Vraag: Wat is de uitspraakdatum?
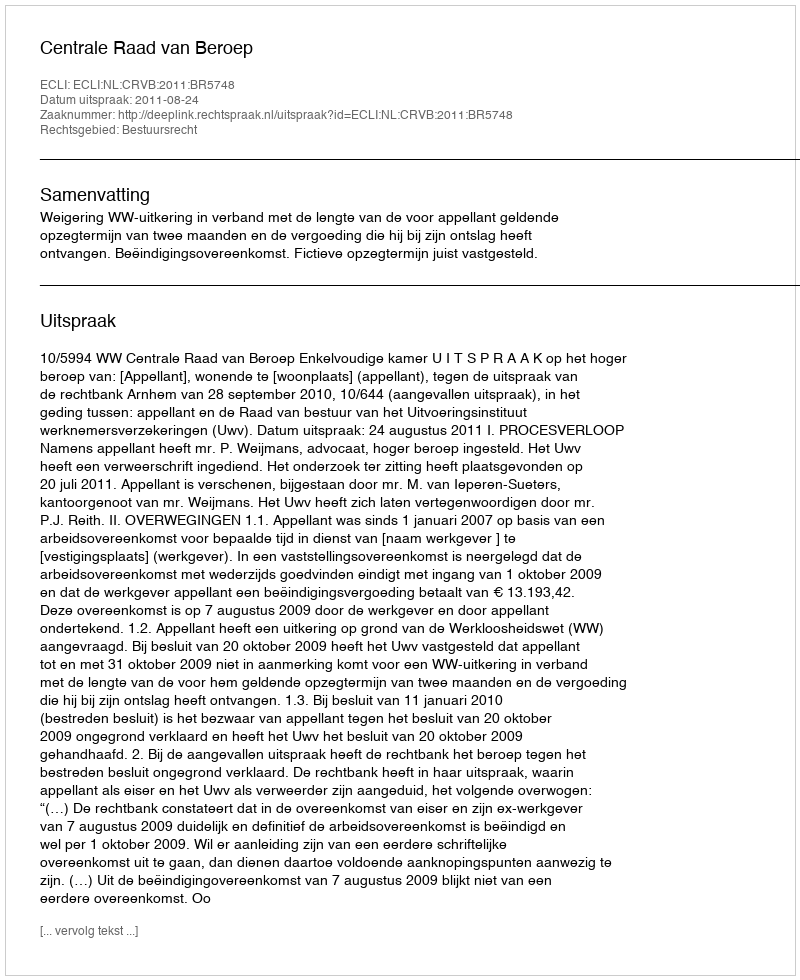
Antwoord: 2011-08-24